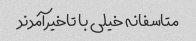
متاسفانه خیلی با تاخیر آمدند